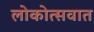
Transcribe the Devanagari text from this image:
लोकोत्सवात